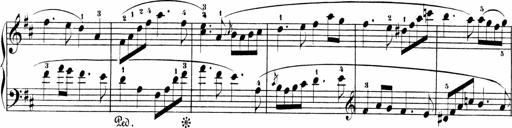
Title: Sonatinas
Composer: Andrew Violette